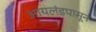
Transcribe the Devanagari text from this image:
आयलंडपासून